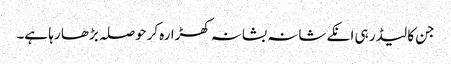
جن کا لیڈر ہی انکے شانہ بشانہ کھڑا رہ کرحوصلہ بڑھا رہا ہے۔